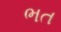
ભત